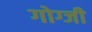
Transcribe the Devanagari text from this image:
गोग्जी